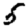
Digit: 5